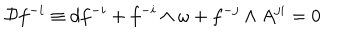
{ \cal D } f ^ { - i } \equiv d f ^ { - i } + f ^ { - i } \wedge \omega + f ^ { - j } \wedge A ^ { j i } = 0